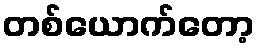
တစ်ယောက်တော့